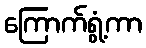
ကြောက်ရွံ့ကာ